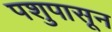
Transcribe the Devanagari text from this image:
पशुपासून